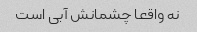
نه واقعا چشمانش آبی است